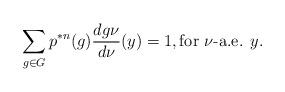
LaTeX: \begin{align*}\sum_{g \in G} p^{*n}(g) \frac{dg\nu}{d\nu}(y) = 1, \textrm{for $\nu$-a.e. $y$}.\end{align*}